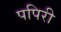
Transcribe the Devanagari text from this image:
पपिरी